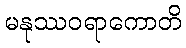
မနုဿဝရာကောတိ